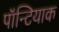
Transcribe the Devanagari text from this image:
पॉन्टियाक